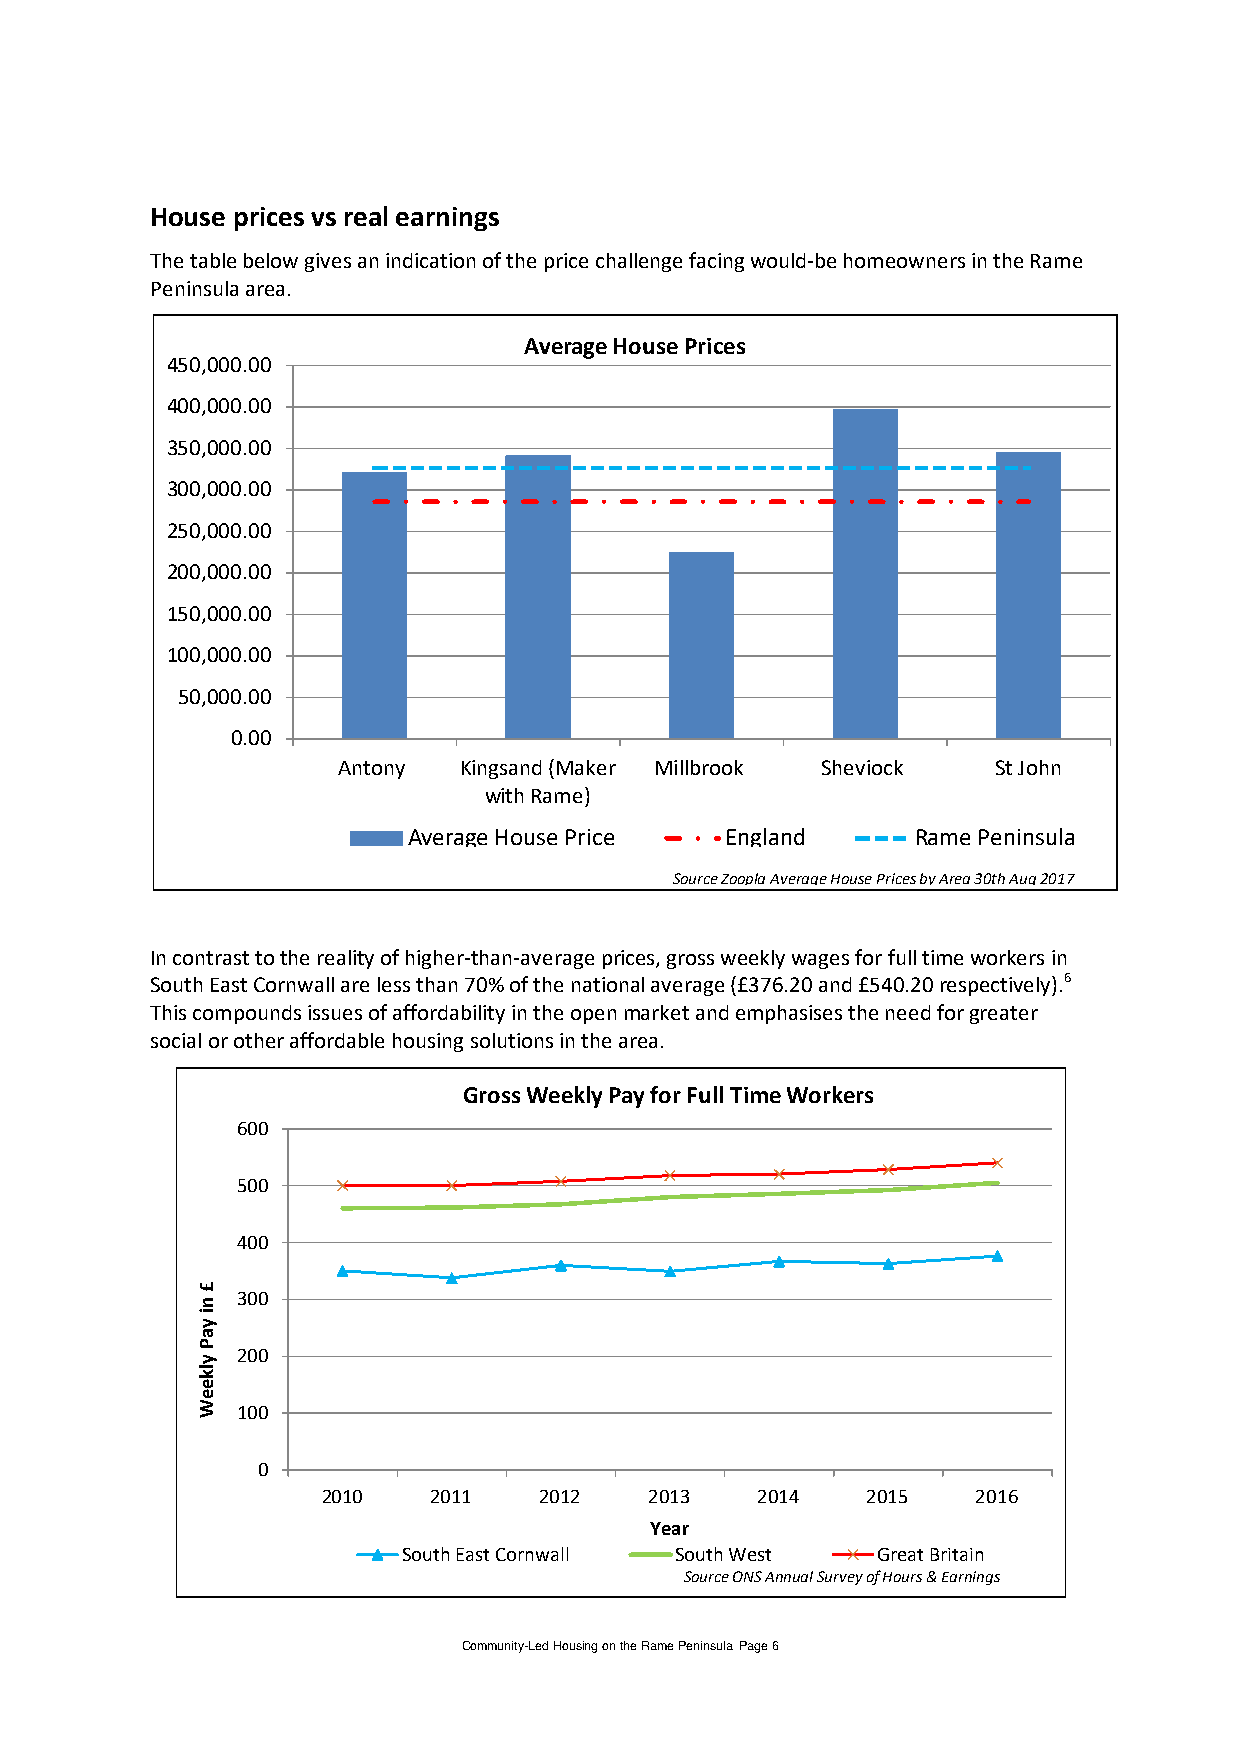
House prices vs real earnings
 The table below gives an indication of the price challenge facing would-be homeowners in the Rame
 Peninsula area.
 Average House Prices
 450,000.00
 400,000.00
 350,000.00
 300,000.00
 250,000.00
 200,000.00
 150,000.00
 100,000.00
 50,000.00
 0.00
 Antony  Kingsand (Maker Millbrook Sheviock  St John
 with Rame)
 Average House Price  England      Rame Peninsula
 Source Zoopla Average House Prices by Area 30th Aug 2017
 In contrast to the reality of higher-than-average prices, gross weekly wages for full time workers in
 South East Cornwall are less than 70% of the national average (£376.20 and £540.20 respectively).6
 This compounds issues of affordability in the open market and emphasises the need for greater
 social or other affordable housing solutions in the area.
 Gross Weekly Pay for Full Time Workers
 600
 500
 400
 300
 200
 100
 0
 2010    2011   2012   2013   2014   2015    2016
 Year
 South East Cornwall South West Great Britain
 Source ONS Annual Survey of Hours & Earnings
 Community-Led Housing on the Rame Peninsula Page 6
 £
 ni
 yaP
 ylkeeW